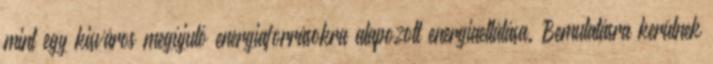
mint egy kisváros megújuló energiaforrásokra alapozott energiaellátása. Bemutatásra kerülnek